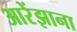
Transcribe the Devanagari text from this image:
आरेंझाना